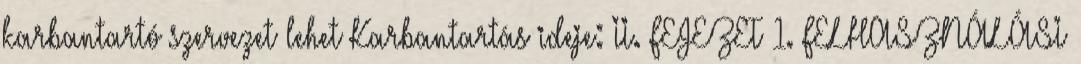
karbantartó szervezet lehet Karbantartás ideje: II. FEJEZET 1. FELHASZNÁLÁSI